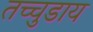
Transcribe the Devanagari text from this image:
तच्चुडाय